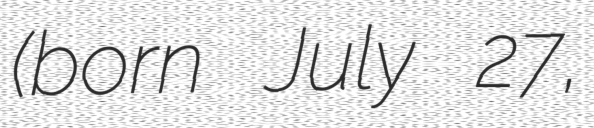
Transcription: (born July 27,